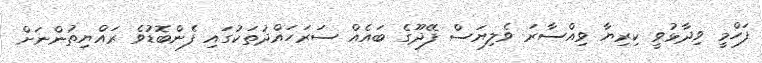
ފަހްމީ ވިދާޅުވީ ކިރިޔާ ވިއްސާރަ ވެލިޔަސް ފޭދޫގެ ބައެއް ސަރަހައްދުތަކުގައި ފެންބޮޑުވެ ރައްޔިތުންނަށް